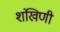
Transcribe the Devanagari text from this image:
शंखिणी